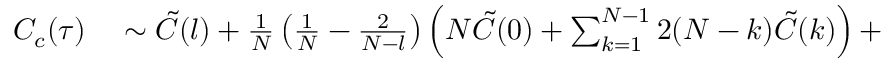
\begin{array} { r l } { C _ { c } ( \tau ) } & { { } \sim \tilde { C } ( l ) + \frac { 1 } { N } \left( \frac { 1 } { N } - \frac { 2 } { N - l } \right) \left( N \tilde { C } ( 0 ) + \sum _ { k = 1 } ^ { N - 1 } 2 ( N - k ) \tilde { C } ( k ) \right) + } \end{array}